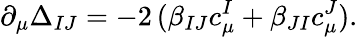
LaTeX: \partial_{\mu}\Delta_{IJ}=-2\, (\beta_{IJ}c_{\mu}^{I}+\beta_{JI}c_{\mu}^{J}).